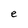
Character: e